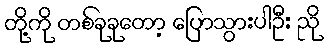
တို့ကို တစ်ခုခုတော့ ပြောသွားပါဦး ညို